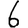
Digit: 6